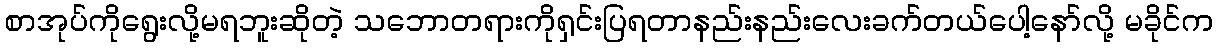
စာအုပ်ကိုရွေးလို့မရဘူးဆိုတဲ့ သဘောတရားကိုရှင်းပြရတာနည်းနည်းလေးခက်တယ်ပေါ့နော်လို့ မခိုင်က